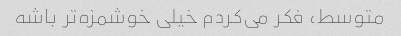
متوسط، فکر می‌کردم خیلی خوشمزه‌تر باشه